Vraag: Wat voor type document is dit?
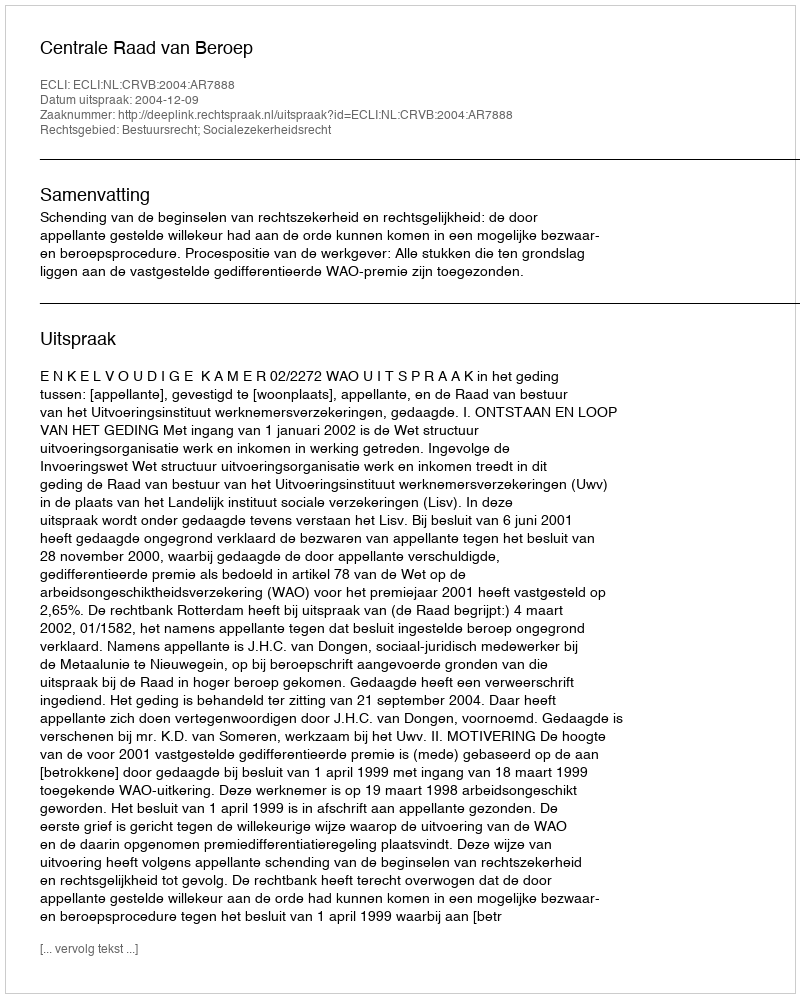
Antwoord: Uitspraak